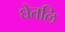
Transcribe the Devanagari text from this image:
घेतलि